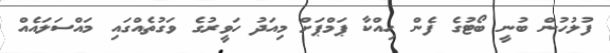
ފުލުހުން ބުނީ ބޯޓުގެ ފެން ހިއްކާ ޕަމްޕަށް މިއަދު ހަވީރުގެ ވަގުތެއްގައި މައްސަލައެއް